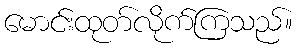
မောင်းထုတ်လိုက်ကြသည်။